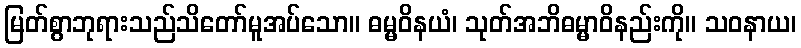
မြတ်စွာဘုရားသည်သိတော်မူအပ်သော။ ဓမ္မဝိနယံ၊ သုတ်အဘိဓမ္မာဝိနည်းကို။ သဝနာယ၊